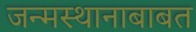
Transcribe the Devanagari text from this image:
जन्मस्थानाबाबत